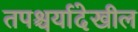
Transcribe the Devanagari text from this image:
तपश्चर्यादेखील